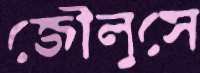
জৌলুসে